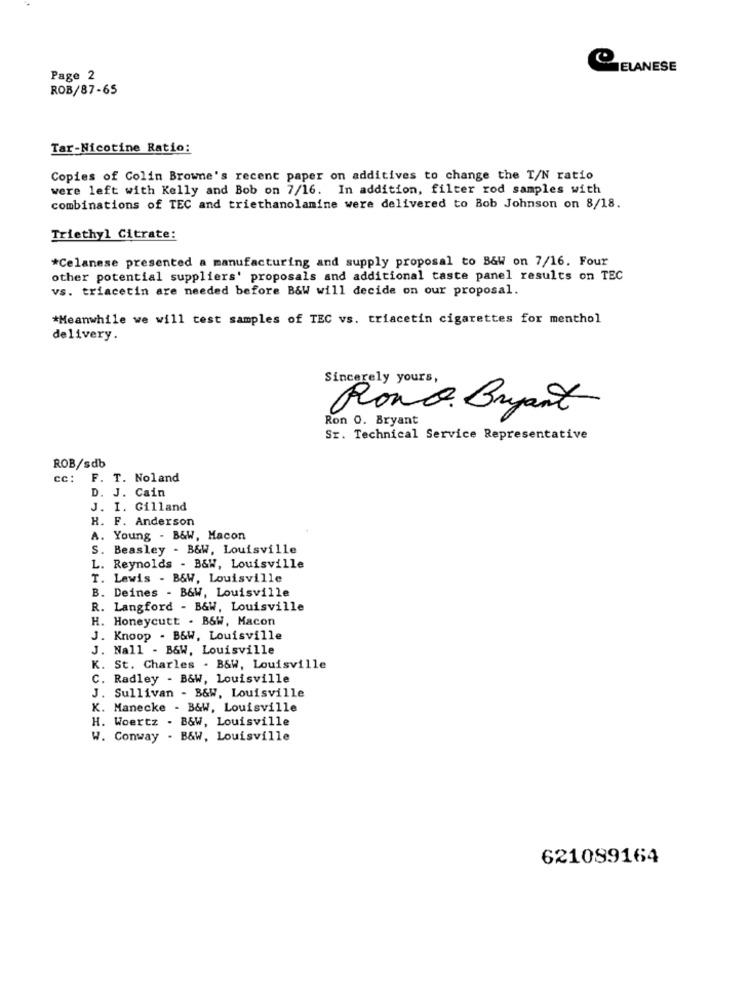
CELANESE
Page 2
ROB/87-65
Tar-Nicotine Ratio:
Copies of Colin Browne's recent paper on additives to change the T/N ratio
were left with Kelly and Bob on 7/16. In addition, filter rod samples with
combinations of TEC and triethanolamine were delivered to Bob Johnson on 8/18.
Triethyl Citrate:
*Celanese presented a manufacturing and supply proposal to B&W on 7/16. Four
other potential suppliers' proposals and additional taste panel results on TEC
vs. triacetin are needed before B&W will decide on our proposal.
*Meanwhile we will test samples of TEC vs. triacetin cigarettes for menthol
delivery.
Sincerely yours,
Ron 0. Bryant
Rond Bryant
Sr. Technical Service Representative
ROB/sdb
cc: F. T. Noland
D. J. Cain
J. I. Gilland
H. F. Anderson
A. Young - B&W, Macon
S. Beasley - B&W, Louisville
L. Reynolds - B&W, Louisville
T. Lewis - B&W, Louisville
B. Deines - B&W, Louisville
R. Langford - B&W, Louisville
H. Honeycutt . B&W, Macon
J. Knoop - B&W, Louisville
J. Nall - B&W, Louisville
K. St. Charles . B&W, Louisville
C. Radley - B&W, Louisville
J. Sullivan - B&W, Louisville
K. Manecke - B&W, Louisville
H. Woertz - B&W, Louisville
W. Conway - B&W, Louisville
621099164